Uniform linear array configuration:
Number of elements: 48
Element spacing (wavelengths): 1
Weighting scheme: uniform
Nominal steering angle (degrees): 60
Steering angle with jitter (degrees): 59.287
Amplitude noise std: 0.05
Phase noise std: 0.05

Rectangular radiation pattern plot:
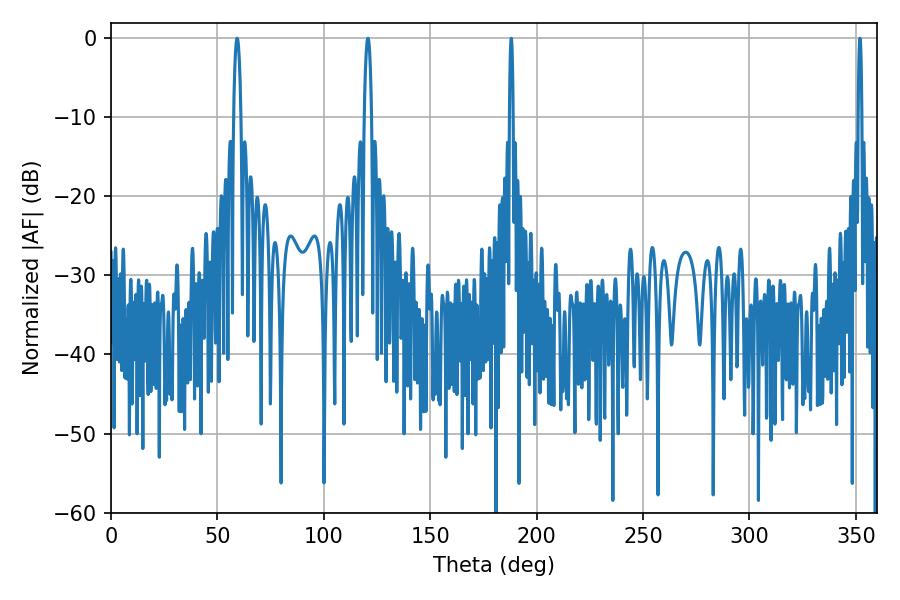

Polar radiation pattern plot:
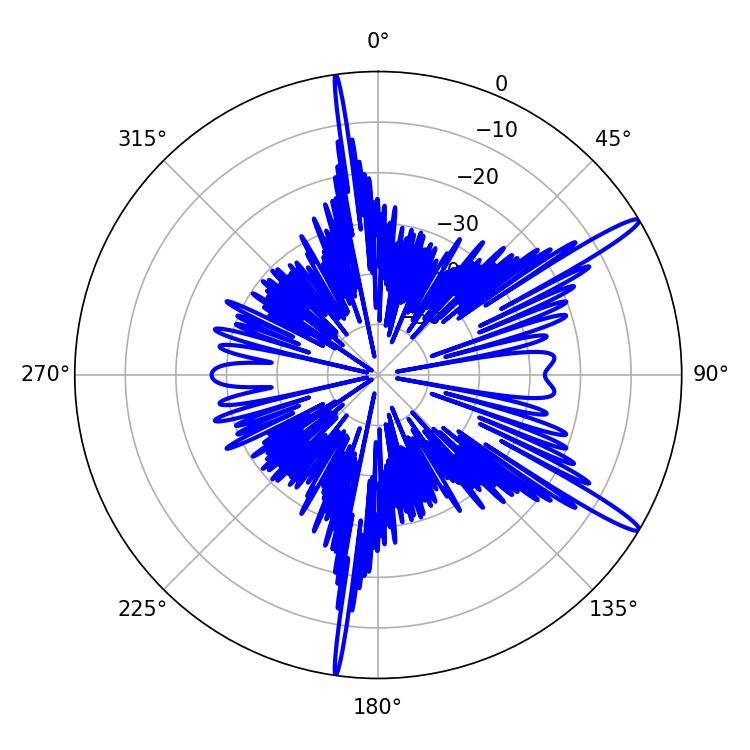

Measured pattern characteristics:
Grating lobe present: TRUE
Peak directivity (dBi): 14.95
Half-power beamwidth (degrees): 1.98
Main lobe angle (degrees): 59.22